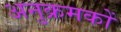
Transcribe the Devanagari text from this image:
अनुक्रमकों